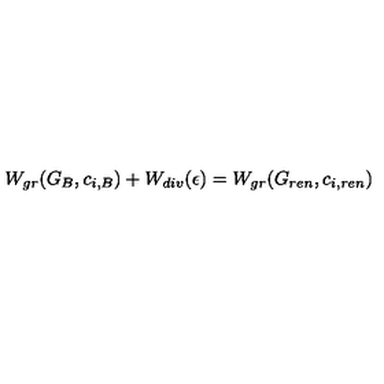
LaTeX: W _ { g r } ( G _ { B } , c _ { i , B } ) + W _ { d i v } ( \epsilon ) = W _ { g r } ( G _ { r e n } , c _ { i , r e n } )